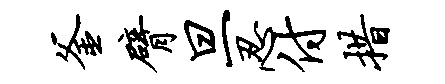
釜臂旦忍付措